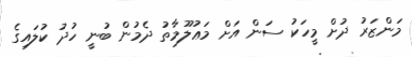
މަންޒަރު ދުށް މީހަކު ސަން އަށް މަޢުލޫމާތު ދެމުން ބުނީ ހުދު ކުލައިގެ